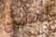
لعميل